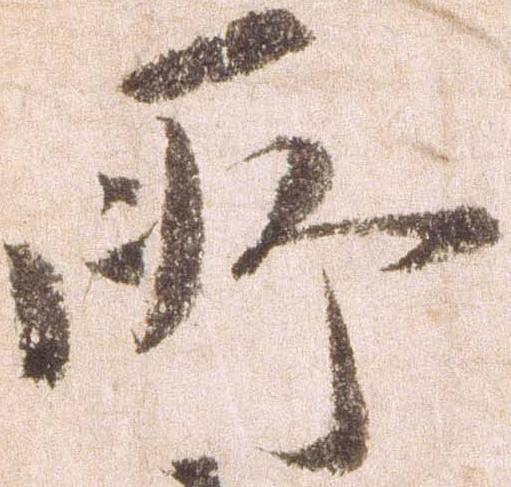
所